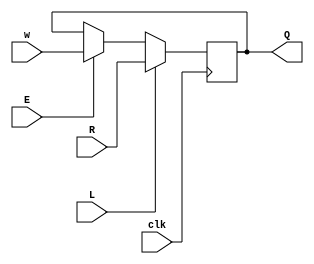
module top_module (
    input clk,
    input w, R, E, L,
    output Q
);
    wire O1;
    assign O1 = E ? w : Q;
    always@(posedge clk)
        Q <= L ? R : O1 ;
endmodule